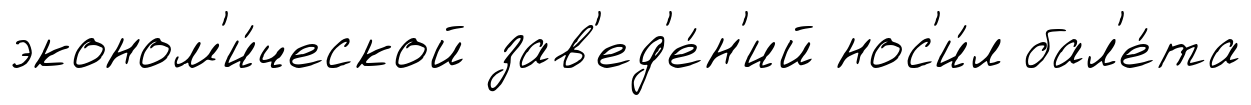
эконом'и́ческой зав'ед'е́н'ий нос'и́л бал'е́та